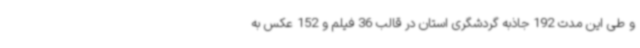
و طی این مدت 192 جاذبه گردشگری استان در قالب 36 فیلم و 152 عکس به